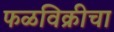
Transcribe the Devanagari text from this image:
फळविक्रीचा